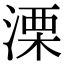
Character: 溧